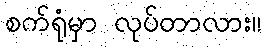
စက်ရုံမှာ လုပ်တာလား။